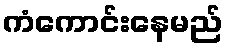
ကံကောင်းနေမည်